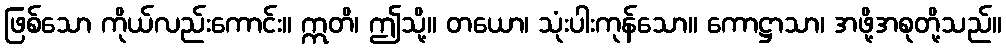
ဖြစ်သော ကိုယ်လည်းကောင်း။ ဣတိ၊ ဤသို့။ တယော၊ သုံးပါးကုန်သော။ ကောဋ္ဌာသာ၊ အဖို့အစုတို့သည်။